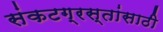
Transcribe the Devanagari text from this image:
संकटग्रस्तांसाठी